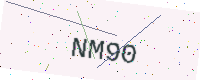
Text: NM90